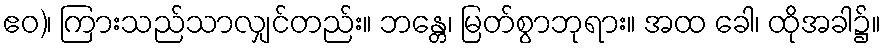
ဧဝ)၊ ကြားသည်သာလျှင်တည်း။ ဘန္တေ၊ မြတ်စွာဘုရား။ အထ ခေါ၊ ထိုအခါ၌။